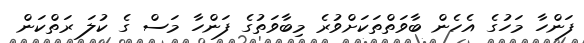
ފަންހާ މަހުގެ އެހެން ބާވަތްތަކަށްވުރެ މިބާވަތުގެ ފަންހާ މަސް ގެ ކުލަ ރަތްކަން